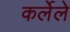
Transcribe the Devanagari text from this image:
कर्लेले